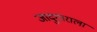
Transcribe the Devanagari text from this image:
जादुगाराला